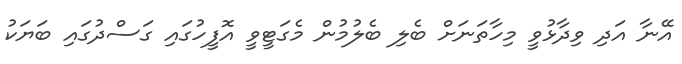
އޭނާ އަދި ވިދާޅުވީ މިހާތަނަށް ބެލި ބެލުމުން މެގަޓީވީ އޮފީހުގައި ގަސްދުގައި ބަޔަކު